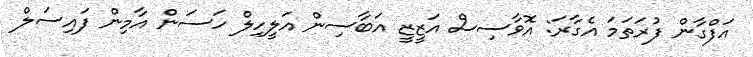
އަފްގާން ފުރަތަމަ އެގާރަ: އޮވާސިސް އަޒީޒީ އަބާސިން އަލީހިލް ހަސަން އާމިން ފައިސަލް